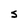
Character: S